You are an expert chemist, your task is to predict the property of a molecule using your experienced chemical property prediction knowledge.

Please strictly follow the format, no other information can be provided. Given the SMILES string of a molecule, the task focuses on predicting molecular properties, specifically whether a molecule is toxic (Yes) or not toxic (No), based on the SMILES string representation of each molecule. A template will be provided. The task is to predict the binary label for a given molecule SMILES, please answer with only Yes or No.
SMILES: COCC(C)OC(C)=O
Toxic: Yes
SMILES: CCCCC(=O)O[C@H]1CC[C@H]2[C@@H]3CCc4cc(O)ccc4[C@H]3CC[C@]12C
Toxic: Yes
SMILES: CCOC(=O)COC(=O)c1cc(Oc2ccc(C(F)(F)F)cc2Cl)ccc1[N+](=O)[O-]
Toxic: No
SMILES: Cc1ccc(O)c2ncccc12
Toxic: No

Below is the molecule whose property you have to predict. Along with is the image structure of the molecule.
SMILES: Cc1ccc([N+](=O)[O-])c2c1O[Hg]2
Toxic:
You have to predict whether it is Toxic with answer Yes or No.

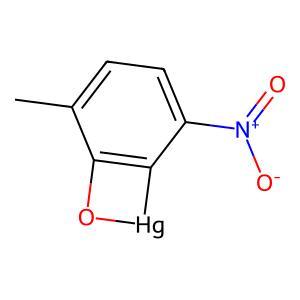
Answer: No